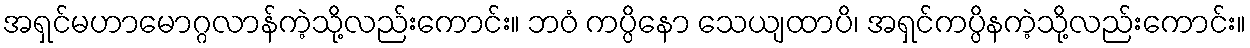
အရှင်မဟာမောဂ္ဂလာန်ကဲ့သို့လည်းကောင်း။ ဘဝံ ကပ္ပိနော သေယျထာပိ၊ အရှင်ကပ္ပိနကဲ့သို့လည်းကောင်း။